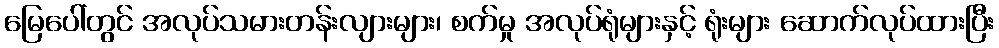
မြေပေါ်တွင် အလုပ်သမားတန်းလျားများ၊ စက်မှု အလုပ်ရုံများနှင့် ရုံးများ ဆောက်လုပ်ထားပြီး